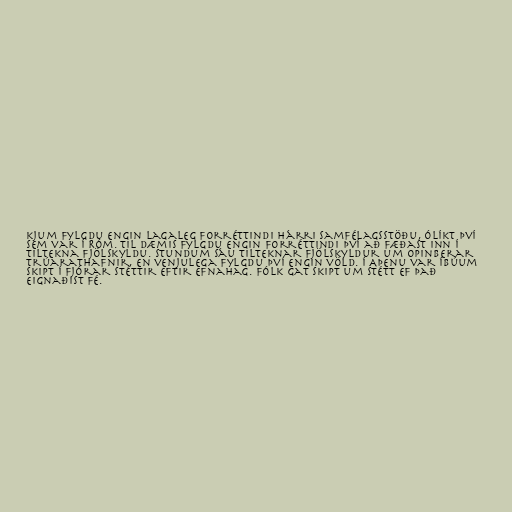
kjum fylgdu engin lagaleg forréttindi hárri samfélagsstöðu, ólíkt því
sem var í Róm. Til dæmis fylgdu engin forréttindi því að fæðast inn í
tiltekna fjölskyldu. Stundum sáu tilteknar fjölskyldur um opinberar
trúarathafnir, en venjulega fylgdu því engin völd. Í Aþenu var íbúum
skipt í fjórar stéttir eftir efnahag. Fólk gat skipt um stétt ef það
eignaðist fé.